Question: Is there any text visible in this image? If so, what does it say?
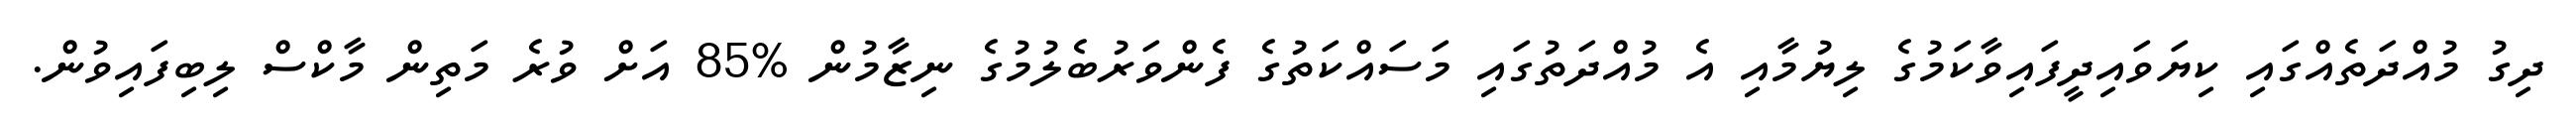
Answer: ދިގު މުއްދަތެއްގައި ކިޔަވައިދީފައިވާކަމުގެ ލިޔުމާއި އެ މުއްދަތުގައި މަސައްކަތުގެ ފެންވަރުބެލުމުގެ ނިޒާމުން %85 އަށް ވުރެ މަތިން މާކްސް ލިބިފައިވުން.